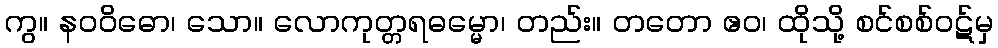
ကွ။ နဝဝိဓော၊ သော။ လောကုတ္တရဓမ္မော၊ တည်း။ တတော ဧဝ၊ ထိုသို့ စင်စစ်ဝဋ်မှ